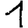
Digit: 1